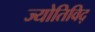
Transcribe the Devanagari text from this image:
ज्योतिविद्